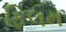
ફિલમ